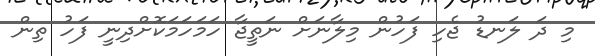
މި ދަ ލަނޑު ޖެހި ފަހުން މިލާނަށް ނަތީޖާ ހަމަހަމަކޮށްދިނީ ފަހު ތިން